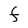
Character: F